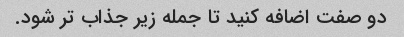
دو صفت اضافه کنید تا جمله زیر جذاب تر شود.